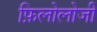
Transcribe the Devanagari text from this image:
फ़िलोलोजी